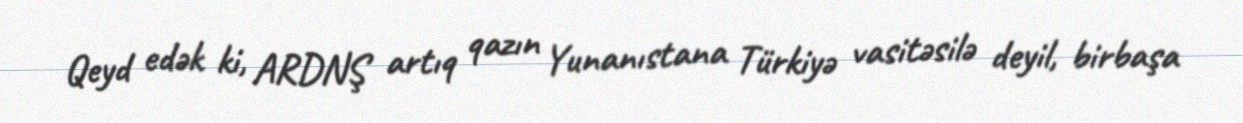
Qeyd edək ki, ARDNŞ artıq qazın Yunanıstana Türkiyə vasitəsilə deyil, birbaşa